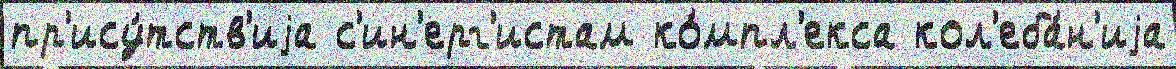
пр'ису́тств'иjа с'ин'ерг'истам ко́мпл'екса кол'еба́н'иjа